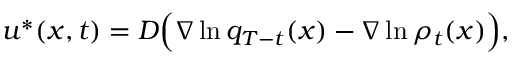
u ^ { * } ( x , t ) = D \Big ( \nabla \ln q _ { T - t } ( x ) - \nabla \ln \rho _ { t } ( x ) \Big ) ,